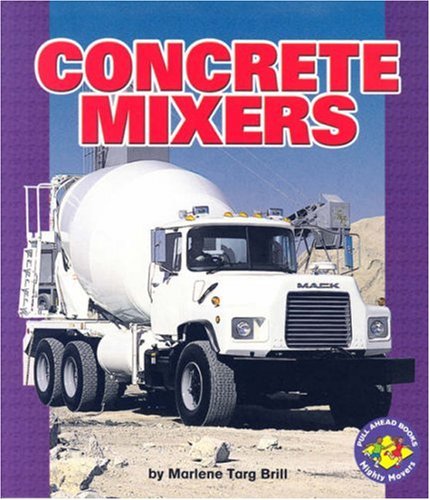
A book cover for Concrete Mixers (Pull Ahead Books); Marlene Targ Brill; Children's Books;